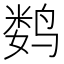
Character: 𬸞